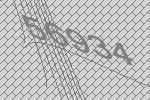
56934